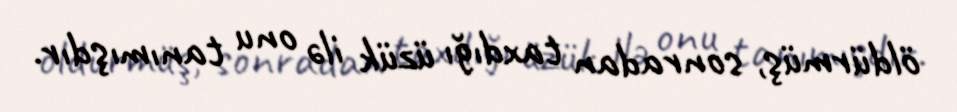
öldürmüş, sonradan taxdığı üzük ilə onu tanımışdır.